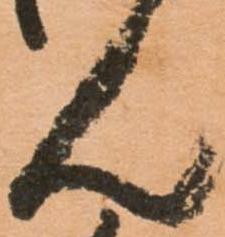
ん